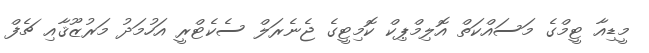
މީޑިއާ ޓީމްގެ މަސައްކަތް އޮލިމްޕިކް ކޮމިޓީގެ ޖެނެރަލް ސެކެޓްރީ އަހުމަދު މަރުޒޫޤާއި ޗެފް